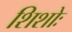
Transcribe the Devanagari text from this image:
शिशोः